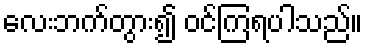
လေးဘက်တွား၍ ဝင်ကြရပါသည်။